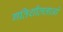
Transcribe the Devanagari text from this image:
गतिशीलताओ